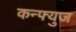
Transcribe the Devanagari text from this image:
कन्फ्युज